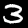
Label: 3